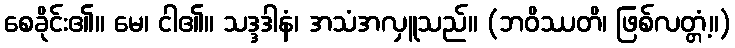
စေခိုင်း၏။ မေ၊ ငါ၏။ သဒ္ဒဒါနံ၊ အသံအလှူသည်။ (ဘဝိဿတိ၊ ဖြစ်လတ္တံ့။)